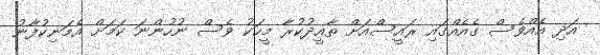
އަދި އެއްވެސް ގެއެއްގައި ރައީސްއަށް ތާއީދުކުރާ މީހަކު ވެސް ނުހުންނަ ކަމަށް އެމަނިކުފާނު